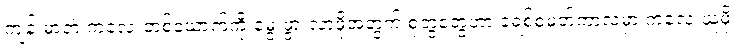
ကျန်းမာတဲ့ ကလေးတစ်ယောက်ကို မွေးဖွားလာဖို့အတွက် စုံတွဲတွေဟာ ခရစ်စမတ်ကာလမှာ ကလေးယူဖို့